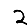
Digit: 2